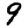
Digit: 9